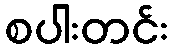
စပါးတင်း